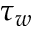
\tau _ { w }